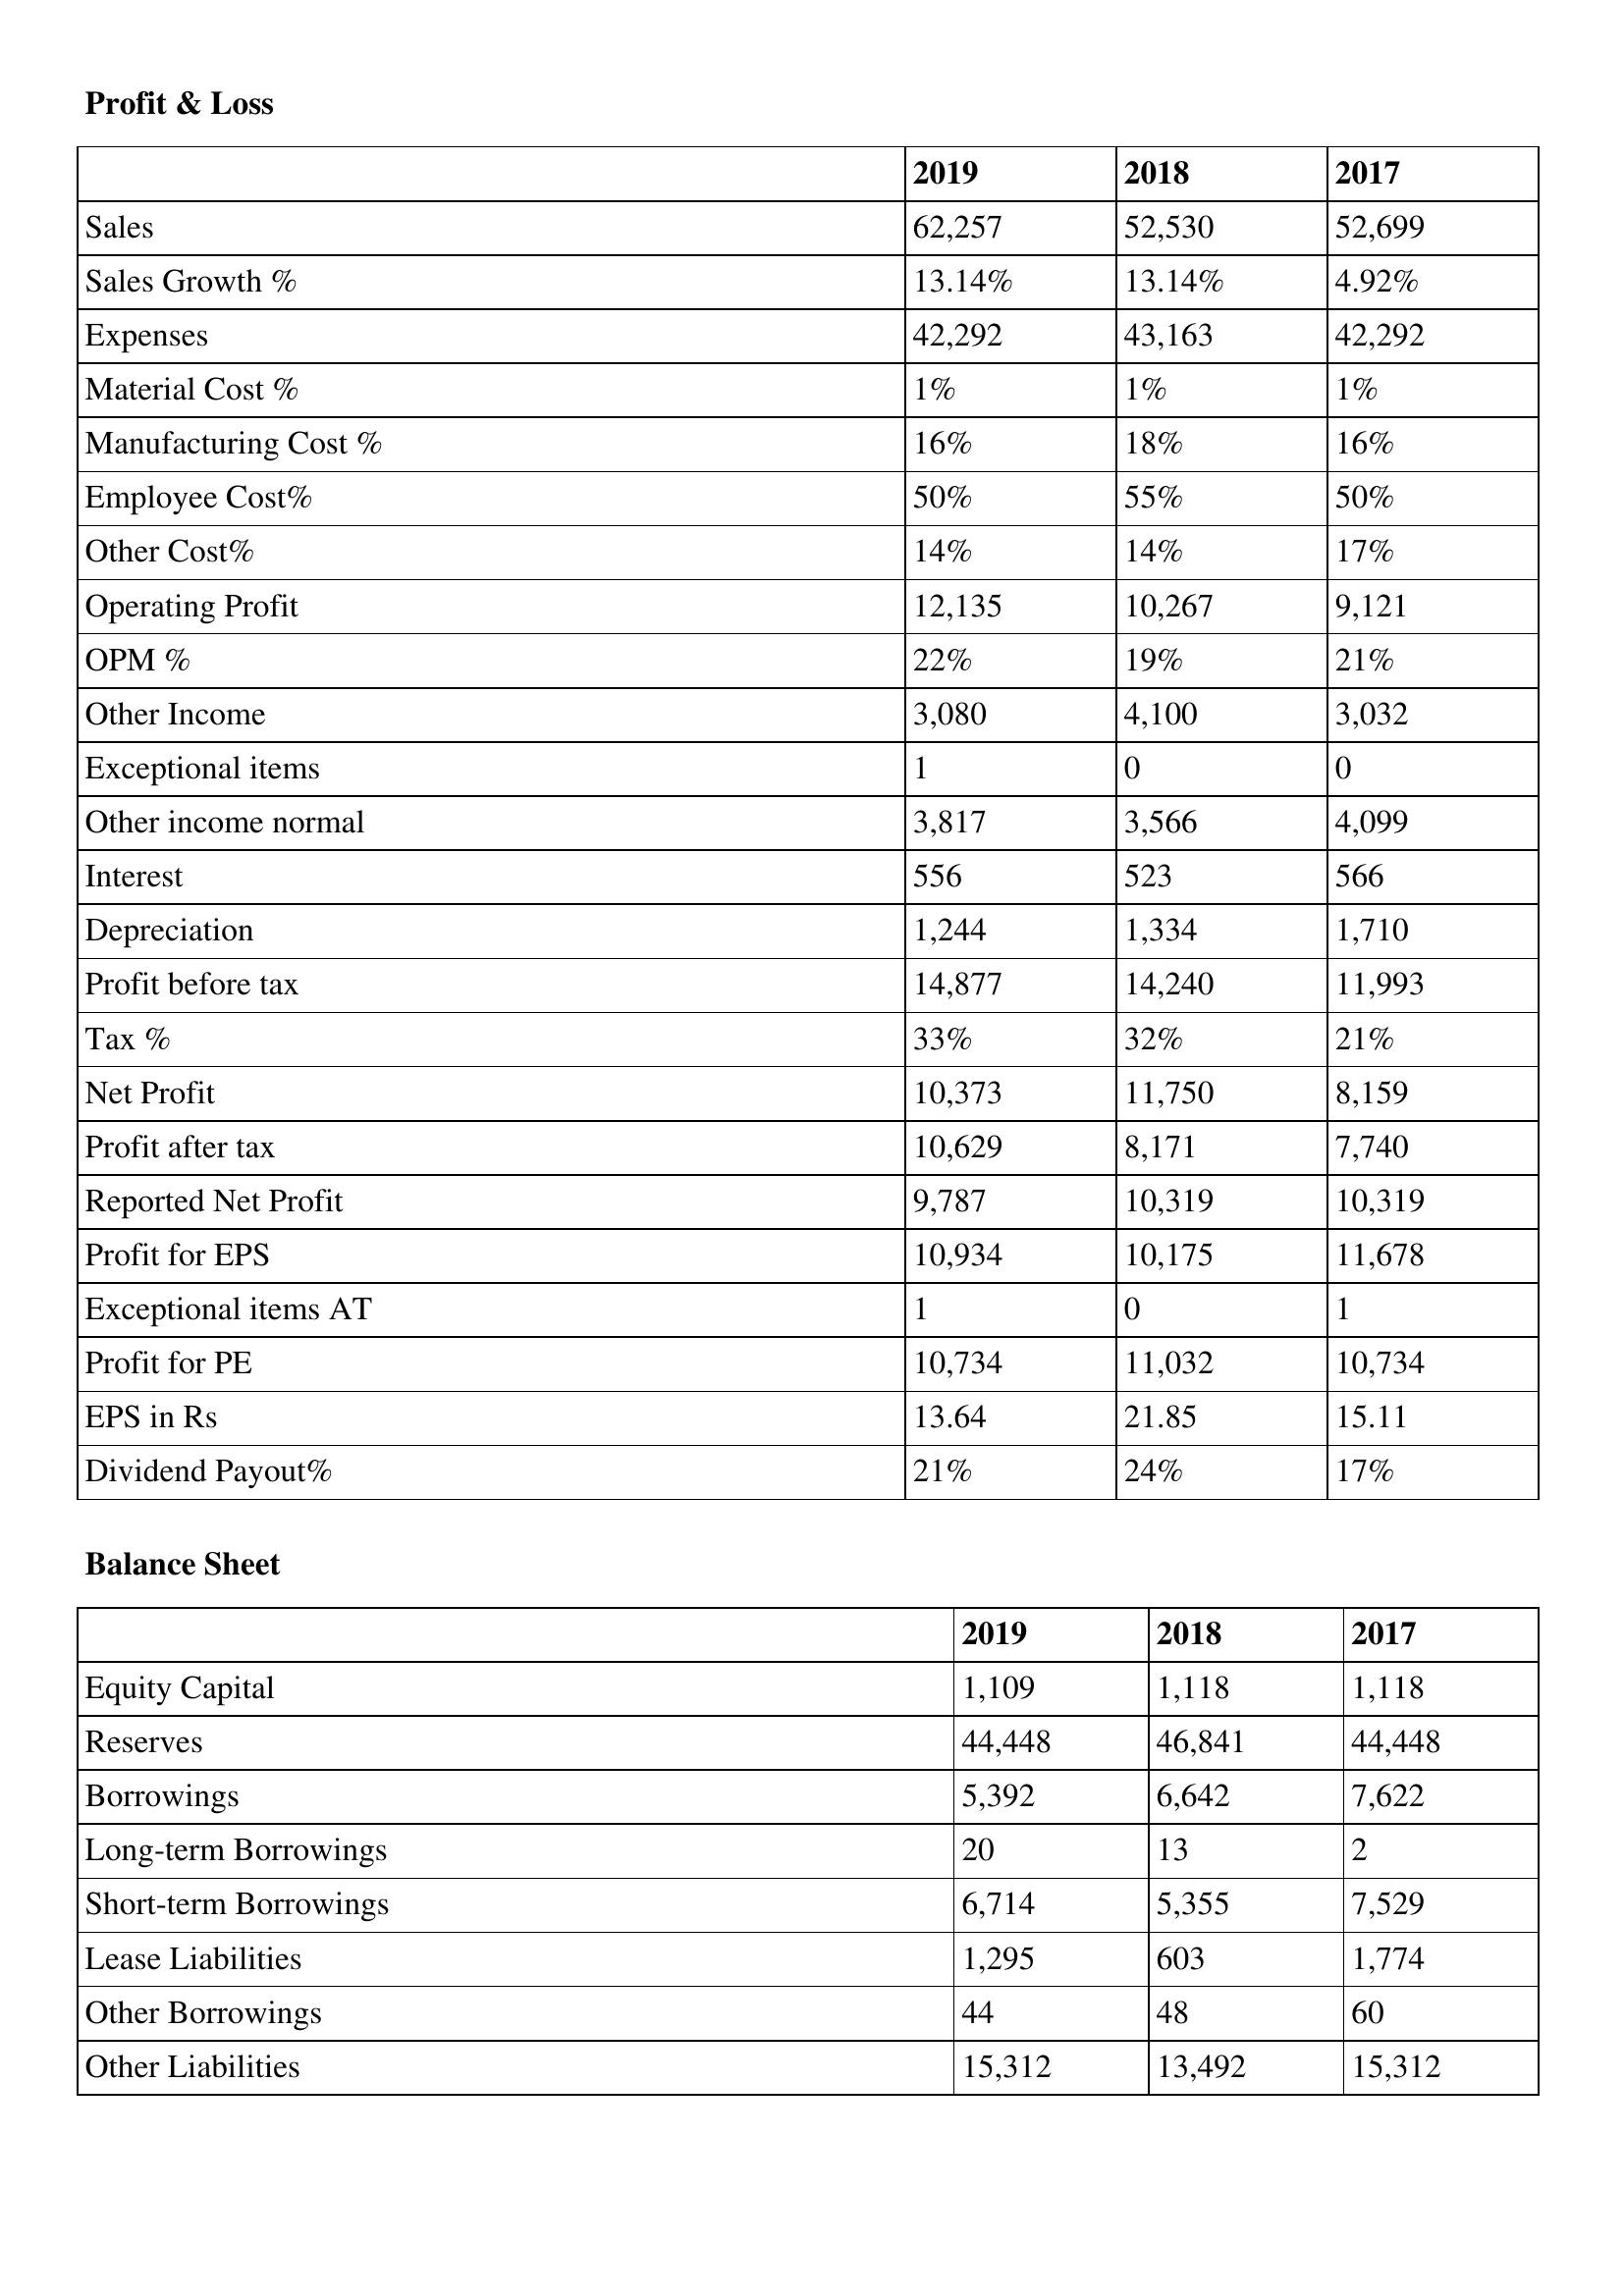
gt_parse: 2019: Profit & Loss: Sales: 62,257
Sales Growth %: 13.14%
Expenses: 42,292
Material Cost %: 1%
Manufacturing Cost %: 16%
Employee Cost%: 50%
Other Cost%: 14%
Operating Profit: 12,135
OPM %: 22%
Other Income: 3,080
Exceptional items: 1
Other income normal: 3,817
Interest: 556
Depreciation: 1,244
Profit before tax: 14,877
Tax %: 33%
Net Profit: 10,373
Profit after tax: 10,629
Reported Net Profit: 9,787
Profit for EPS: 10,934
Exceptional items AT: 1
Profit for PE: 10,734
EPS in Rs: 13.64
Dividend Payout%: 21%
Balance Sheet: Equity Capital: 1,109
Reserves: 44,448
Borrowings: 5,392
Long-term Borrowings: 20
Short-term Borrowings: 6,714
Lease Liabilities: 1,295
Other Borrowings: 44
Other Liabilities: 15,312
2018: Profit & Loss: Sales: 52,530
Sales Growth %: 13.14%
Expenses: 43,163
Material Cost %: 1%
Manufacturing Cost %: 18%
Employee Cost%: 55%
Other Cost%: 14%
Operating Profit: 10,267
OPM %: 19%
Other Income: 4,100
Exceptional items: 0
Other income normal: 3,566
Interest: 523
Depreciation: 1,334
Profit before tax: 14,240
Tax %: 32%
Net Profit: 11,750
Profit after tax: 8,171
Reported Net Profit: 10,319
Profit for EPS: 10,175
Exceptional items AT: 0
Profit for PE: 11,032
EPS in Rs: 21.85
Dividend Payout%: 24%
Balance Sheet: Equity Capital: 1,118
Reserves: 46,841
Borrowings: 6,642
Long-term Borrowings: 13
Short-term Borrowings: 5,355
Lease Liabilities: 603
Other Borrowings: 48
Other Liabilities: 13,492
2017: Profit & Loss: Sales: 52,699
Sales Growth %: 4.92%
Expenses: 42,292
Material Cost %: 1%
Manufacturing Cost %: 16%
Employee Cost%: 50%
Other Cost%: 17%
Operating Profit: 9,121
OPM %: 21%
Other Income: 3,032
Exceptional items: 0
Other income normal: 4,099
Interest: 566
Depreciation: 1,710
Profit before tax: 11,993
Tax %: 21%
Net Profit: 8,159
Profit after tax: 7,740
Reported Net Profit: 10,319
Profit for EPS: 11,678
Exceptional items AT: 1
Profit for PE: 10,734
EPS in Rs: 15.11
Dividend Payout%: 17%
Balance Sheet: Equity Capital: 1,118
Reserves: 44,448
Borrowings: 7,622
Long-term Borrowings: 2
Short-term Borrowings: 7,529
Lease Liabilities: 1,774
Other Borrowings: 60
Other Liabilities: 15,312